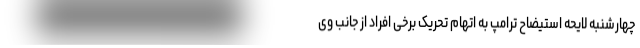
چهارشنبه لایحه استیضاح ترامپ به اتهام تحریک برخی افراد از جانب وی